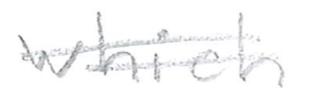
Text: which
Cross-out: double-line
Writing tool: pencil